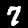
Label: 7